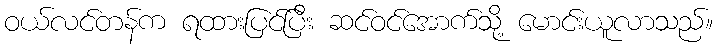
ဝယ်လင်တန်က ရထားပြင်ပြီး ဆင်ဝင်အောက်သို့ မောင်းယူလာသည်။